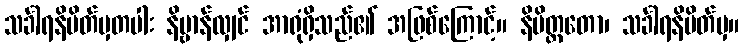
သင်္ခါရနိမိတ်မှတပါး နိဗ္ဗာန်လျှင် အာရုံရှိသည်၏ အဖြစ်ကြောင့်။ နိမိတ္တတော၊ သင်္ခါရနိမိတ်မှ။